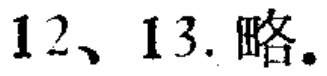
12、13. 略。